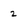
Character: 2